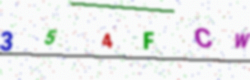
Text: 354FCW